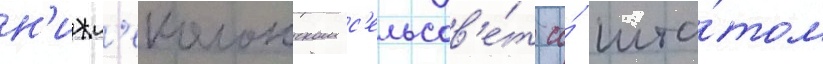
н'ижн'еколонском с'ельсов'е́т со́ шта́том